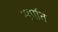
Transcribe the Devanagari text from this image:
सर्पांत